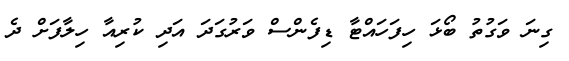
ގިނަ ވަގުތު ބޯޅަ ހިފަހައްޓާ ޑިފެންސް ވަރުގަދަ އަދި ކުރިއާ ހިލާފަށް ދެ